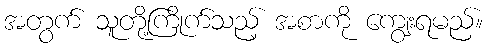
အတွက် သူတို့ကြိုက်သည့် အစာကို ကျွေးရမည်။